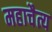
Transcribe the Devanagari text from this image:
महाचैत्य